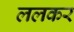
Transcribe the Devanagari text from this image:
ललकर